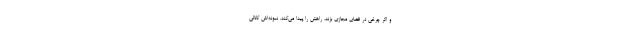
و اگر چرخی در فضای مجازی بزند، راهش را پیدا می‌کند. نمونه‌اش کانالی